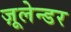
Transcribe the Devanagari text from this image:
ज़ूलेन्डर